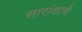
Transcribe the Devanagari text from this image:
सारांशाचे